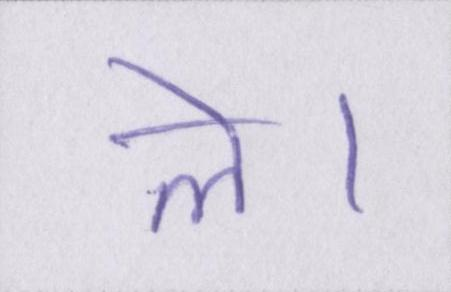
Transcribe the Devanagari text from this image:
ले।